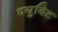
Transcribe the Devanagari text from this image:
क्युबिट